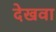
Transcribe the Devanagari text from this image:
देखवा